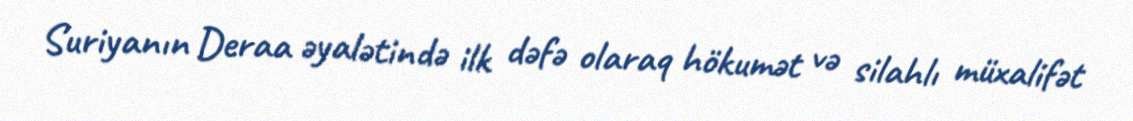
Suriyanın Deraa əyalətində ilk dəfə olaraq hökumət və silahlı müxalifət